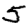
Digit: 5